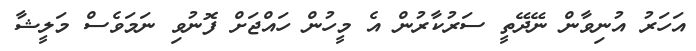
އަހަރު އުނިވާން ނޭދޭތީ ސަރުކާރުން އެ މީހުން ހައްޖަށް ފޮނުވި ނަމަވެސް މަލީޝާ